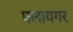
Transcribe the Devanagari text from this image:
फ्लायगर